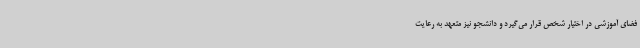
فضای آموزشی در اختیار شخص قرار می‌گیرد و دانشجو نیز متعهد به رعایت